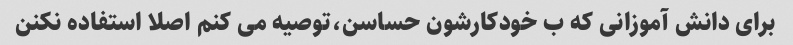
برای دانش آموزانی که ب خودکارشون حساسن،توصیه می کنم اصلا استفاده نکنن